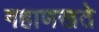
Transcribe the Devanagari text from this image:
गहाणखते